Report on the administration of the Government Cinchona Department 1892-98
Year: 1892
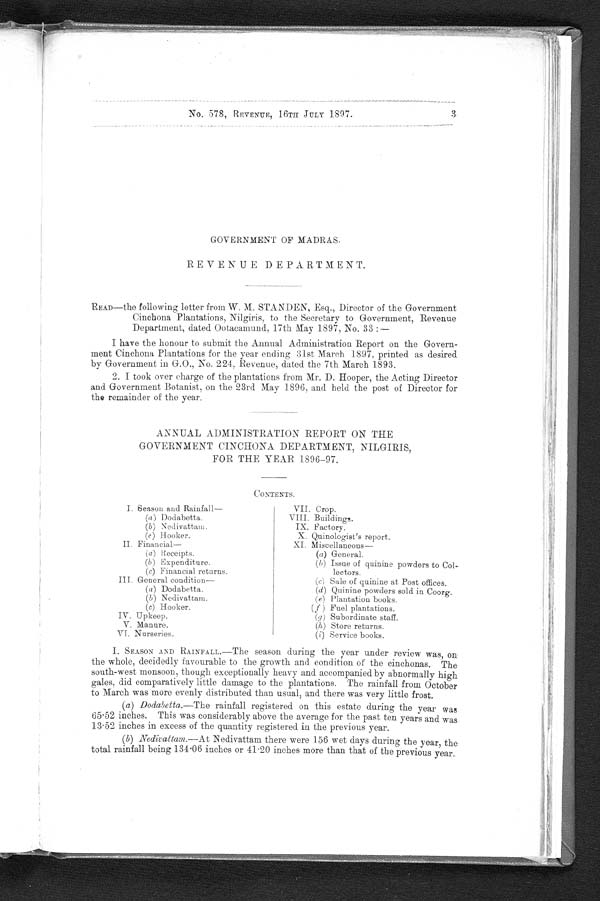
3
No. 578, REVENUE, 16TH JULY 1897.
GOVERNMENT OF MADRAS.
REVENUE DEPARTMENT.
READ—the following letter from W. M. STANDEN, Esq., Director of the Government
Cinchona Plantations, Nilgiris, to the Secretary to Government, Revenue
Department, dated Ootacamund, 17th May 1897, No. 33 :—
I have the honour to submit the Annual Administration Report on the Govern-
ment Cinchona Plantations for the year ending 31st March 1897, printed as desired
by Government in G.O., No. 224, Revenue, dated the 7th March 1893.
2. I took over charge of the plantations from Mr. D. Hooper, the Acting Director
and Government Botanist, on . the 23rd May 1896. and held the post of Director for
the remainder of the year.
ANNUAL ADMINISTRATION REPORT ON THE
GOVERNMENT CINCHONA DEPARTMENT, NILGIRIS,
FOR THE YEAR 1896–97.
CONTENTS.
I. Season and Rainfall—
VII. Crop.
(a ) Dodabetta.
VIII. Buildings.
( b ) Nedivattam.
IX. Factory.
( c ) Hooker.
X. Quinologist's report.
II. Financial—
XI. Miscellaneous
( a ) Receipts.
( a) General.
(
b
) E x p e n d i t u r e .
(b) Issue of quinine powders to Col-
lectors.
(c) Financial returns.
III. General condition—
(c) Sale of quinine at Post offices.
(a ) Dodabetta.
( d ) Quinine powders sold in Coorg.
( b ) Nedivattam.
( e ) Plantation books.
( c ) Hooker.
( f ) Fuel plantations.
IV. Upkeep.
(g) Subordinate staff.
V. Manure.
( h) Store returns.
VI. Nurseries.
( i ) Service books.
I. SEASON AND RAINFALL.—The season during the year under review was, on
the whole decidedly favourable to the growth and condition of the cinchonas. The
south-west monsoon, though exceptionally heavy and accompanied by abnormally high
gales, did comparatively little damage to the plantations. The rainfall from October
to March was more evenly distributed than usual, and there was very little frost.
(a) Dodabetta. —The rainfall registered on this estate during the year was
65 . 52 inches. This was considerably above the average for the past ten years and was
13 . 52 inches in excess of the quantity registered in the previous year.
(b) Nedivattam .—At Nedivattam there were 156 wet days during the year, the
total rainfall being 134.06 inches or 41.20 inches more than that of the previous year.